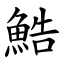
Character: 鯌